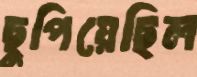
ছুপিয়েছিল